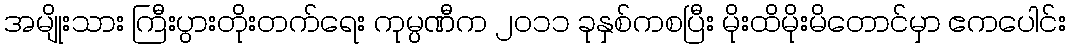
အမျိုးသား ကြီးပွားတိုးတက်ရေး ကုမ္ပဏီက ၂၀၁၁ ခုနှစ်ကစပြီး မိုးထိမိုးမိတောင်မှာ ဧကပေါင်း